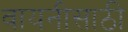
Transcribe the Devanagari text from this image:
वायनीसाठी